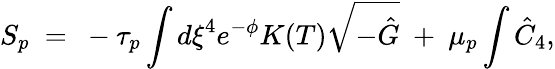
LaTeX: {S_{p}}~=~-{\tau_{p}}\int{{d\xi}^{4}}{e^{-\phi}}K(T)\sqrt{-\hat{G}}~+~{{\mu}_{p}}\int{\hat{C}}_{4},